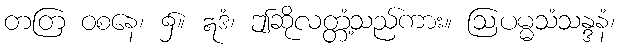
တတြ ဝစနေ၊ ၌။ ဣဒံ၊ ဤဆိုလတ္တံ့သည်ကား။ ဩပမ္မသံသန္ဒနံ၊